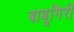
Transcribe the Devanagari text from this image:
बाबूगिरी